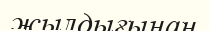
жылдығынан